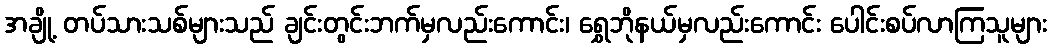
အချို့ တပ်သားသစ်များသည် ချင်းတွင်းဘက်မှလည်းကောင်း၊ ရွှေဘိုနယ်မှလည်းကောင်း ပေါင်းစပ်လာကြသူများ